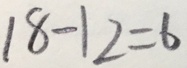
1 8 - 1 2 = 6